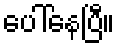
ပေါ်နေပြီ။